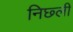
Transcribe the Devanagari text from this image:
निछ्ली